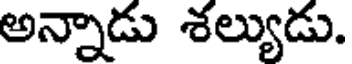
అన్నాడు శల్యుడు.